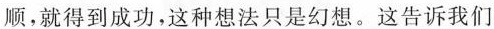
顺，就得到成功，这种想法只是幻想。这告诉我们